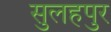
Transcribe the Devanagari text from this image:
सुलहपुर